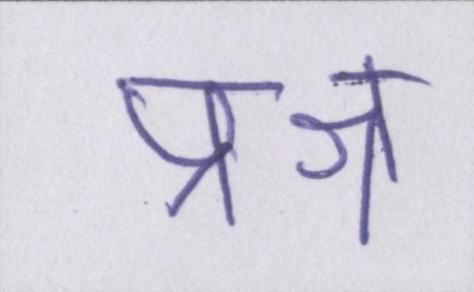
प्रश्न